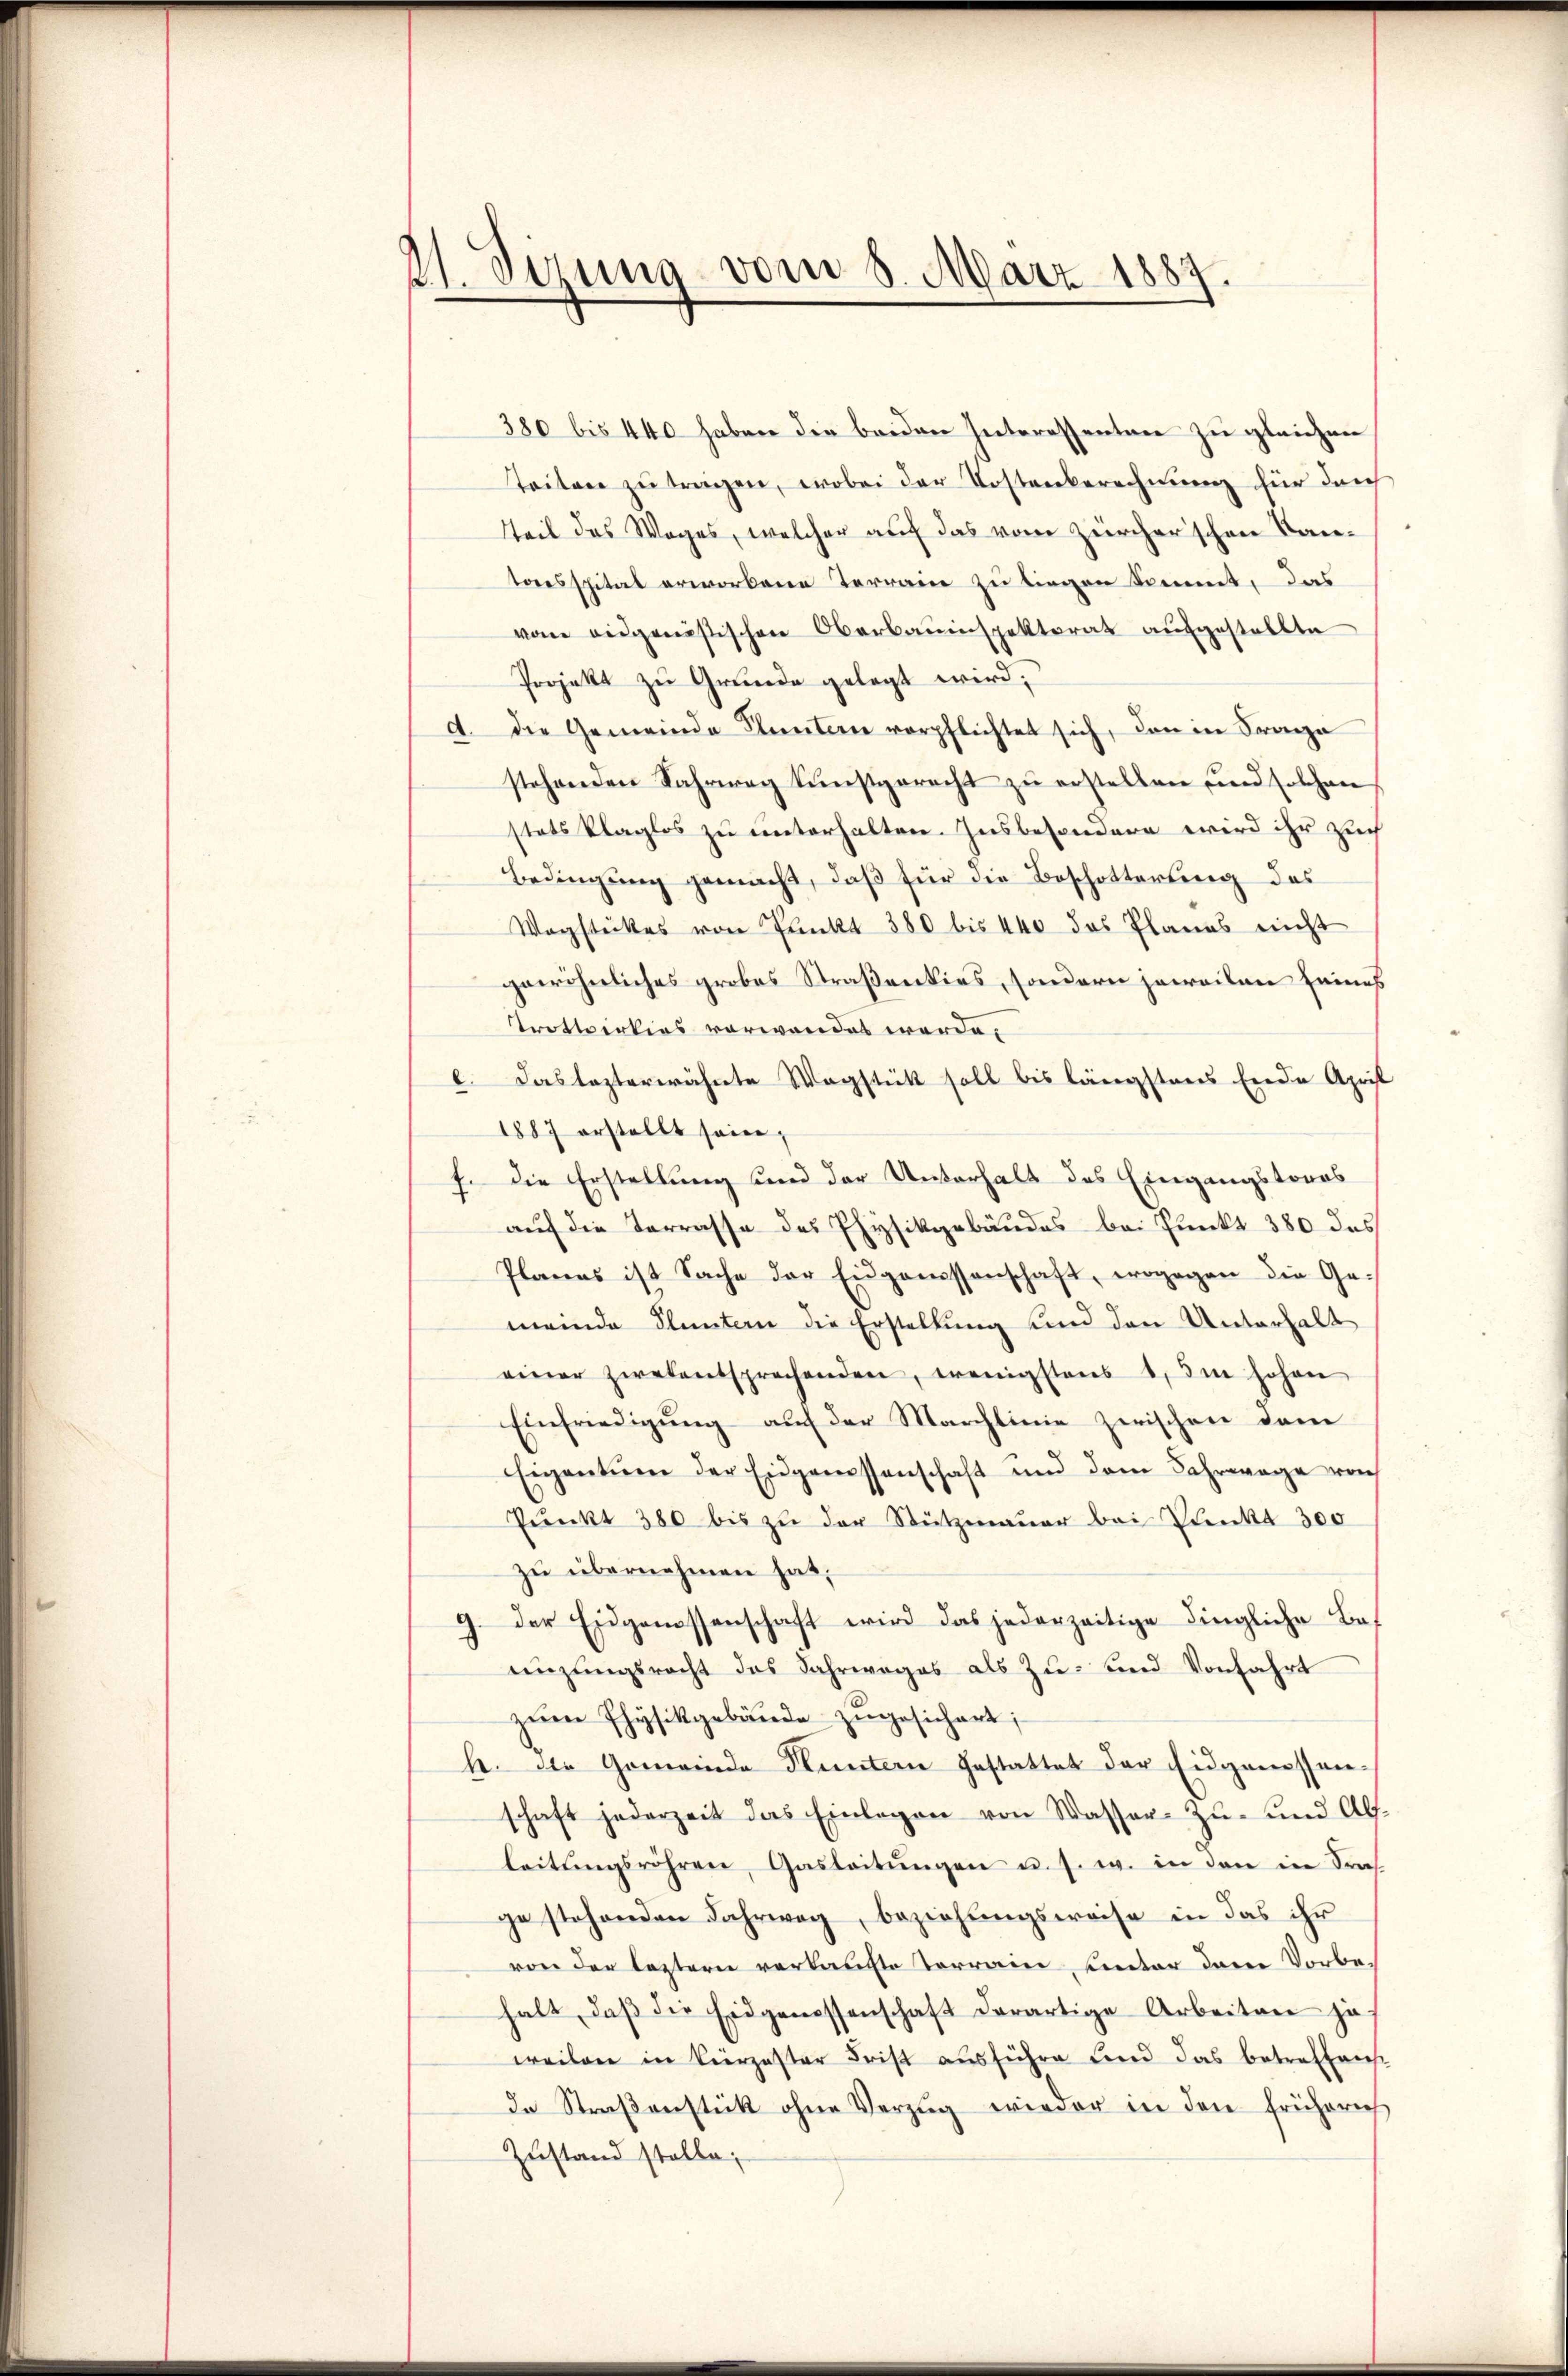
21. Sizung vom 8. März 1887.

380 bis 440 haben die beiden Interessentare zu gleichen
Teiten zŭ tragen, wobei der Kostenberechnung für darch
Teil des Weges, welcher auf das vom zürcherschen Kantoesspital erworbene Terrain zu liegen kommt, das
vom eidgenößischen Oberbauinspektorat aufgestellte
Projekt zu Grunde gelegt wird,
A. die Gemeinde Fluntern verpflichtet sich, den in Saa
stehenden Fahrweg kunstgerecht zu erstellten und solchen
stets klaglos zu unterhalten. Insbesondere wird ihr Zuch
Bedingung gemacht, daß für die Beschotterung des
Wagstückes von Punkt 380 bis 440 das Planes nicht
gewöhnliches grobes Straßenties, sondern jeweilen seines
Trottoirkios vorwandet werde.
l. Das lezterwähnte Wagstück soll bis längstens Ende April
1887 erstellt seien,
f. Die Erstellung und der Unterhalt des Eingangstoros
auf die Terrasse des Physikgebäudes bei Punkt 380 das
Planes ist Sache der Eidgenossenschaft, wogegen die Ge-
meinde Pluntern die Erstellung und den Unterhalt
einer zwekentsprechenden, wenigstens 1. Im hohen
Einfriedigung auf der Marchlinie zwischen dem
Eigentum der Eidgenossenschaft und dem Fahrwage von
Pŭnkt 380 bis zŭ der Stützmaŭer bei Denkt 300
zu übernehmen hat.
9. Der Eidgenossenschaft wird das jederzeitige dingliche Beenzungsrecht das Jahrweges als Zu- und Vorfahrt
zum Physikgebäude zugesichert;
h. Die Gemeinde Huntern Gestattet der Eidgenossen-
schaft jederzeit das Einlegen von Wasser-Zŭ- und Alf-
leitŭngsröhren, Gasleitŭngen u. s. w. in den in Sraf
ge stehenden Fahrweg, beziehungsweise in das ihr
von der leztern verkaufte Terrain, unter dem Vorbehalt, daβ die Eidgenossenschaft derartige Arbeiten je-
weilen in Vierzester Frist ausführe und das betreffens
de Straβenstück ohne Verzug wieder in den früheres
Zustand stelle;